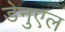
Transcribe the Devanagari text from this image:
डेनुएल